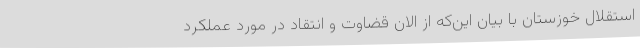
استقلال خوزستان با بیان این‌که از الان قضاوت و انتقاد در مورد عملکرد